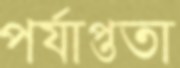
পর্যাপ্ততা